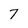
Character: 7